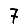
Digit: 7